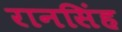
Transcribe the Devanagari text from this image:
रानसिंह